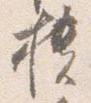
櫃